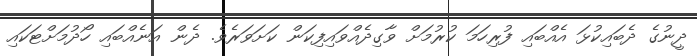
ދީނުގެ ދެބައިކުޅަ އެއްބައި ފުރިހަމަ ކުރުމަށް ވާގިދެއްވައިފިކަން ކަށަވަރެވެ. ދެން އަނެއްބައި ހޯދުމަށްޓަކައި